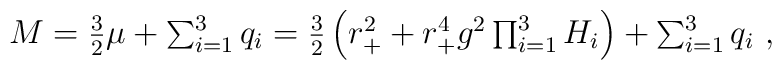
M=\textstyle{3\over 2} \mu +\sum_{i=1}^3q_i=\textstyle{3\over 2}\left(r_+^2+r_+^4g^2\prod_{i=1}^3H_i\right)+\sum_{i=1}^3q_i \ ,